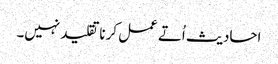
احادیث اُتے عمل کرنا تقلید نہیں۔